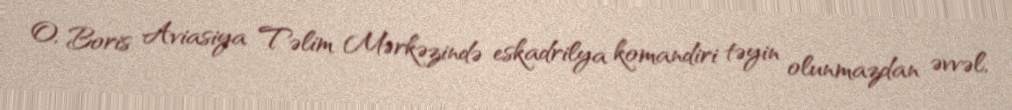
O, Boris Aviasiya Təlim Mərkəzində eskadrilya komandiri təyin olunmazdan əvvəl,